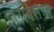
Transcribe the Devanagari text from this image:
इलावेसचा